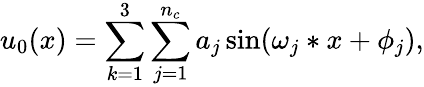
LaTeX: u_{0}(x)=\sum_{k=1}^{3}\sum_{j=1}^{n_{c}}a_{j}\sin(\omega_{j}*x+\phi_{j}),